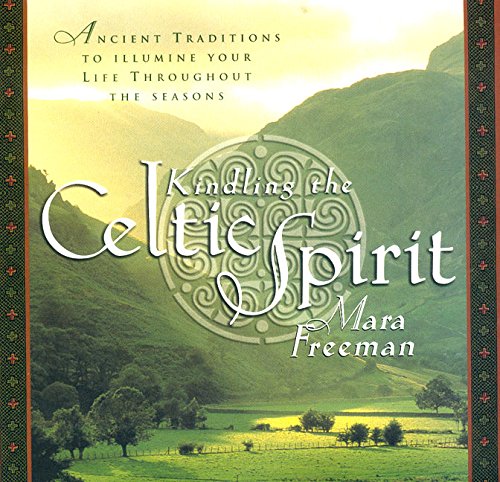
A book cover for Kindling the Celtic Spirit: Ancient Traditions to Illumine Your Life Through the Seasons; Mara Freeman; Religion & Spirituality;